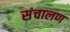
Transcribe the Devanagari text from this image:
संचालण